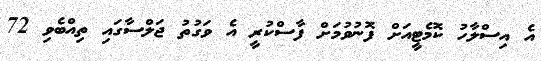
އެ އިސްލާހު ކޮމެޓީއަށް ފޮނުވުމަށް ފާސްކުރީ އެ ވަގުތު ޖަލްސާގައި ތިއްބެވި 72